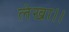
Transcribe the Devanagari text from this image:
लेखा।।